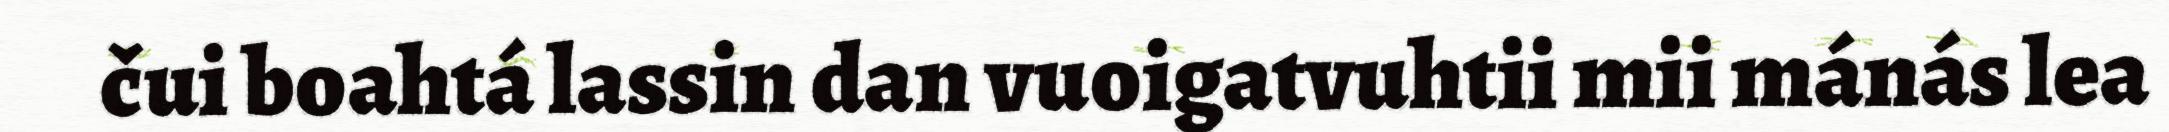
čui boahtá lassin dan vuoigatvuhtii mii mánás lea